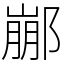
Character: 䣙